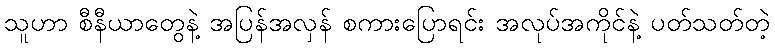
သူဟာ စီနီယာတွေနဲ့ အပြန်အလှန် စကားပြောရင်း အလုပ်အကိုင်နဲ့ ပတ်သတ်တဲ့